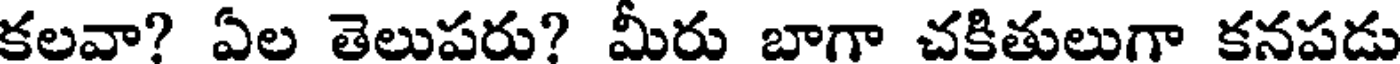
కలవా? ఏల తెలుపరు? మీరు బాగా చకితులుగా కనపడు